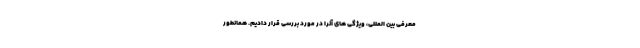
معرفی بین المللی، ویژگی های آنرا در مورد بررسی قرار دادیم. همانطور